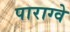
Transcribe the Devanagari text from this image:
पाराग्वे